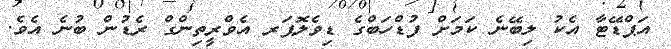
އަޕްޑޭޓާ އެކު ލިބޭނެ ކަމަށް ފުޑްހަބްގެ ޑިވެލޮޕަރ އެވްރީތިންގް ރެޑުން ބުނެ އެވެ.